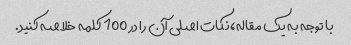
با توجه به یک مقاله، نکات اصلی آن را در 100 کلمه خلاصه کنید.